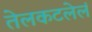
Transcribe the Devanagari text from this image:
तेलकटलेलं